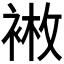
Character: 𫋿